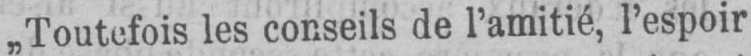
„Toutefois les conseils de l’amitié, l’espoir